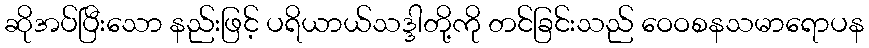
ဆိုအပ်ပြီးသော နည်းဖြင့် ပရိယာယ်သဒ္ဒါတို့ကို တင်ခြင်းသည် ဝေဝစနသမာရောပန